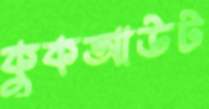
কুকআউট